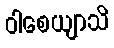
ဝါစေယျာသိ